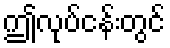
ဤလုပ်ငန်းတွင်